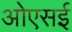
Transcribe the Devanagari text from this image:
ओएसई